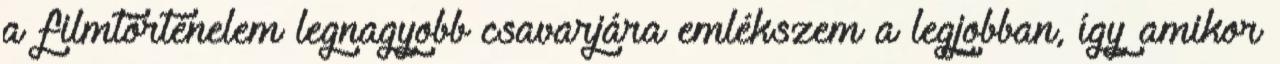
a filmtörténelem legnagyobb csavarjára emlékszem a legjobban, így amikor